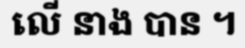
លើ នាង បាន ។